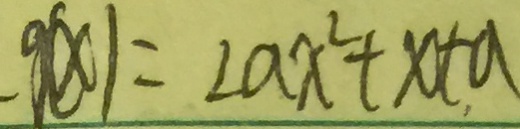
9 ( x ) = 2 a x ^ { 2 } + x + a